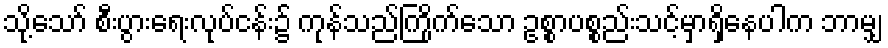
သို့သော် စီးပွားရေးလုပ်ငန်း၌ ကုန်သည်ကြိုက်သော ဥစ္စာပစ္စည်းသင့်မှာရှိနေပါက ဘာမျှ